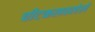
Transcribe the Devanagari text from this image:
चीटकलवलेले